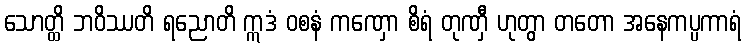
သောတ္ထိ ဘဝိဿတိ ရညောတိ ဣဒံ ဝစနံ ကဏှော စိရံ တုဏှီ ဟုတွာ တတော အနေကပ္ပကာရံ